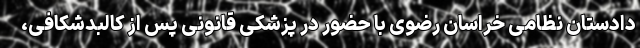
دادستان نظامی خراسان رضوی با حضور در پزشکی قانونی پس از کالبدشکافی،